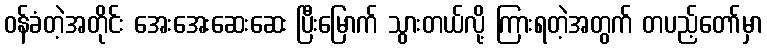
ဝန်ခံတဲ့အတိုင်း အေးအေးဆေးဆေး ပြီးမြောက် သွားတယ်လို့ ကြားရတဲ့အတွက် တပည့်တော်မှာ